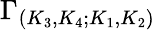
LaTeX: \Gamma_{(K_{3},K_{4};K_{1},K_{2})}